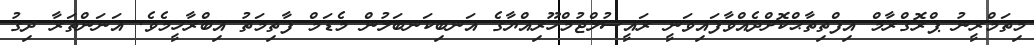
މިތަމްރީނު ޕްރޮގްރާމް އިފްތިތާޙްކޮށްދެއްވާފައިވަނީ ރައީސުލްޖުމްހޫރިއްޔާގެ އަނބިކަނބަލުން މެޑަމް ފާތިމަތު އިބްރާހީމެވެ. އަނަންތަރާ ދިގު